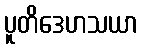
ပူတိဒေဟသယာ